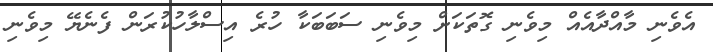
އެވެނި މާއްދާއެއް މިވެނި ގޮތަކަށް މިވެނި ސަބަބަކާ ހުރެ އިސްލާހުކުރަން ފެނެޔޭ މިވެނި